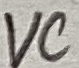
Text: VC